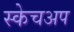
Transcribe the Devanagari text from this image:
स्केचअप